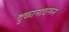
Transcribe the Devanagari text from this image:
दुकानावरून